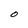
Character: O